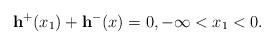
LaTeX: \begin{align*}\mathbf{h}^+(x_1)+\mathbf{h}^-(x)=0,-\infty<x_1<0.\end{align*}